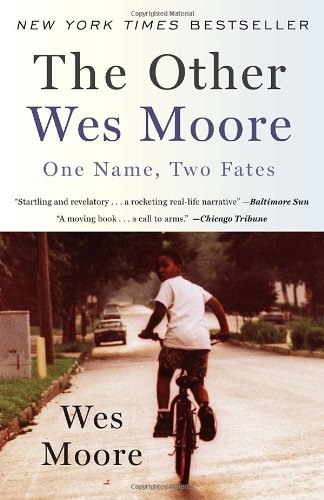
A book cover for The Other Wes Moore: One Name, Two Fates; Wes Moore; Biographies & Memoirs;